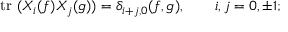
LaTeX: \mathrm { ~ t r ~ } ( X _ { i } ( f ) X _ { j } ( g ) ) = \delta _ { i + j , 0 } ( f , g ) , \qquad i , j = 0 , \pm 1 ;